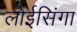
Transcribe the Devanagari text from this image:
लोईसिंगा